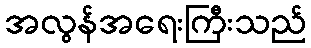
အလွန်အရေးကြီးသည်